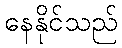
နေနိုင်သည်